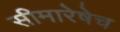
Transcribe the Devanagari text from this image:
सीमारेषेच